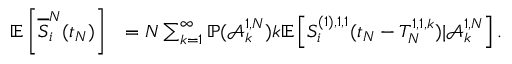
\begin{array} { r l } { \mathbb { E } \left[ \overline { { S } } _ { i } ^ { N } ( t _ { N } ) \right] } & { = N \sum _ { k = 1 } ^ { \infty } \mathbb { P } ( \mathcal { A } _ { k } ^ { 1 , N } ) k \mathbb { E } \left[ S _ { i } ^ { ( 1 ) , 1 , 1 } ( t _ { N } - T _ { N } ^ { 1 , 1 , k } ) | \mathcal { A } _ { k } ^ { 1 , N } \right] . } \end{array}